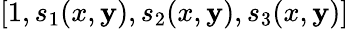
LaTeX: [1,s_{1}(x,\mathbf{y}),s_{2}(x,\mathbf{y}),s_{3}(x,\mathbf{y})]